Annual report on the lock hospitals of the Madras Presidency
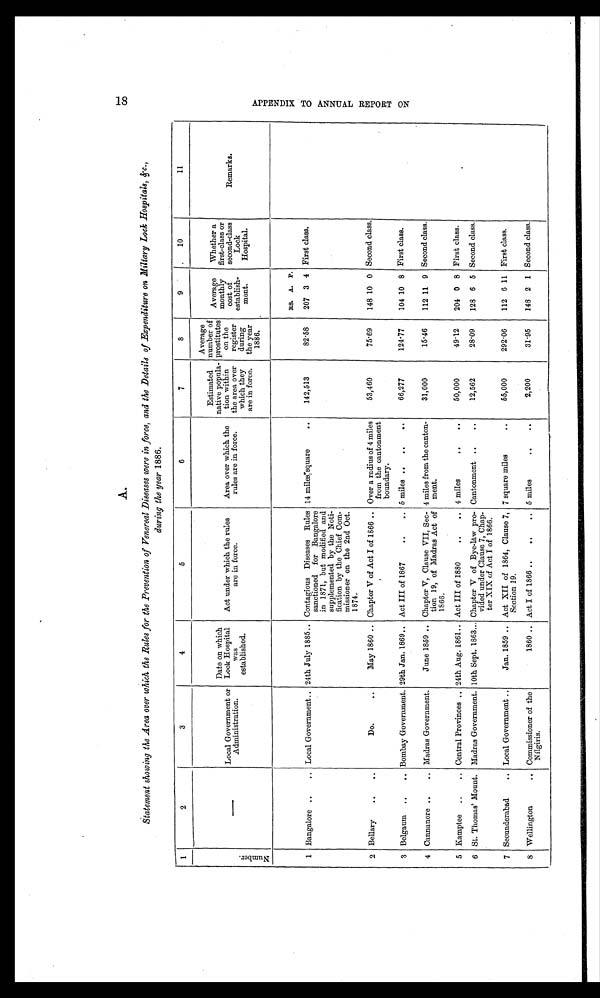
A.
Statement showing the Area over which the Rules for the Prevention of Venereal Diseases were in force, and the Details of Expenditure on Miltary Lock Hospitals, &amp;c.,
during the year 1886.
1
2
3
4
5
6
7
8
9
10
11
N u m b e r .
-
Local Government or
Administration.
Date on which
Lock Hospital
was
established.
Act under which the rules
are in force.
Area over which the
rules are in force.
Estimated
native popula-
tion within
the area over
which they
are in force.
Average
number of
prostitutes
on the
register
during
the year
1886.
Average
monthly
cost of
establish-
ment.
Whether a
first-class or
second-class
Lock
Hospital.
Remarks.
RS. A. P.
1 Bangalore ..
.. Local Government .. 24th July 1885.. Contagious Diseases Rules
sanctioned for Bangalore
in 1871, but modified and
supplemented by the Noti-
fication by the Chief Com-
missioner on the 2nd Oct.
1874.
14 miles square
..
142,513
82.58 207 3 4 First class.
2 Bellary ..
..
Do.
..
May 1860 .. Chapter V of Act I of 1866 .. Over a radius of 4 miles
from the cantonment
boundary.
53,460
75.69
148 10 0 Second class.
3 Belgaum .. .. Bombay Government. 29th Jan. 1869.. Act III of 1867
..
.. 5 miles .. ..
..
66,277
124.77
104 10 8 First class.
4 Cannanore ..
.. Madras Government.
June 1859 .. Chapter V, Clause VII, Sec-
tion 19, of Madras Act of
1866.
4 miles from the canton-
ment.
31,000
15.46
112 11 9 Second class.
5 Kamptee ..
.. Central Provinces .. 24th Aug. 1861.. Act III of 1880
..
. 4 miles
..
..
50,000
49.12
204 0 8 First class.
6 St. Thomas' Mount. Madras Government. 10th Sept. 1863... Chapter V of Bye-law pro-
vided under Clause 7, Chap-
ter XIX of Act I of 1866.
Cantonment ..
..
12,562
28.09
128 6 5 Second class.
7 Secunderabad
.. Local Government ..
Jan. 1859 .. Act XII of 1864, Clause 7,
Section 19.
7 square miles
..
55,000
292.06
112 6 11 First class.
8 Wellington
.. Commissioner of the
Nilgiris.
1860 .. Act I of 1866 ..
..
.. 5 miles
..
. .
2,200
31.95 148 2 1 Second class.